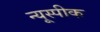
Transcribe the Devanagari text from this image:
न्यूस्पीक